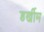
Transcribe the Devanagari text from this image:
डर्खीम